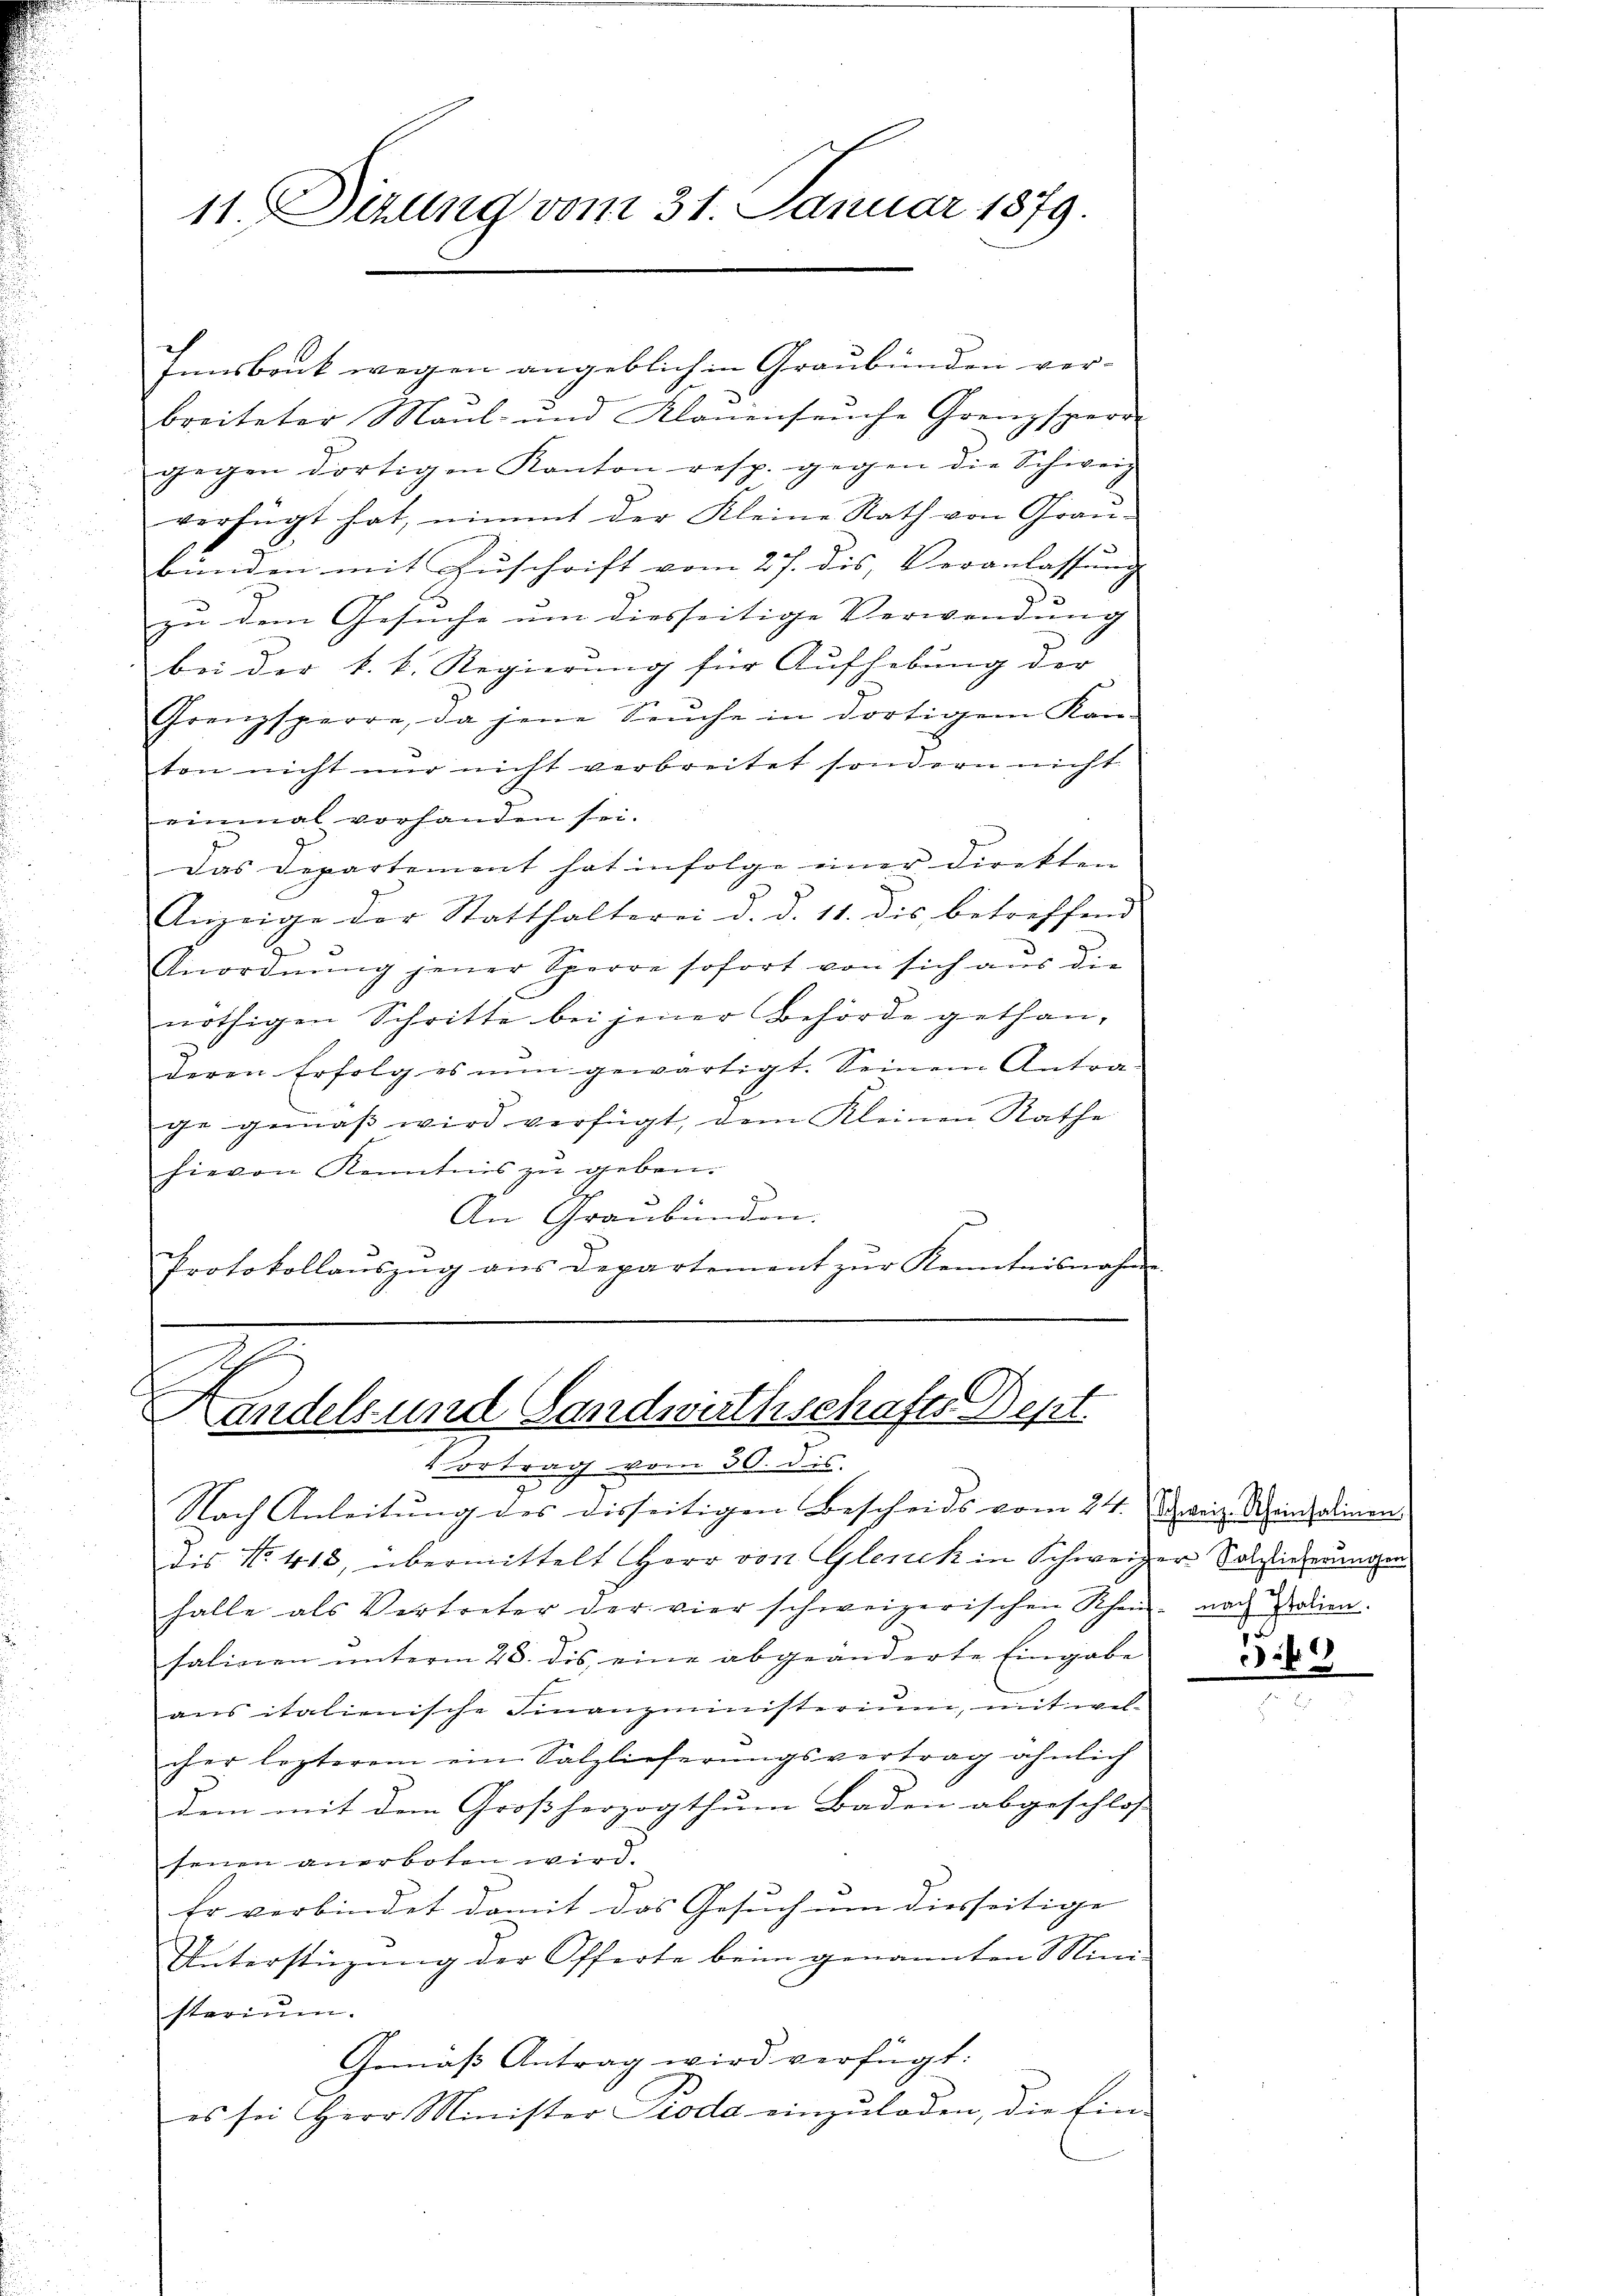
11. Dezung vom 31. Januar 1879.

Innsbruk wegen angeblich in Graubünden ver-
breiteter Maul- und Klauenseuche Grenzsperr
gegen dortigen Kanton resp. gegen die Schweiz
verfügt hat, nimmt der Kleine Rath von Grau-
bünden mit Zuschrift vom 27. dis, Veranlassung
zu dem Gesuche um diesseitige Verwendung
bei der k. k. Regierung für Aufhebung der
Grenzsperre, da jene Seŭche in dortigem Kan-
ton nicht nur nicht verbreitet sondern nicht
einmal vorhanden sei.
Das Departement hat infolge einer Direkten
Anzeige der Statthalterei d. d. 11. dis betreffend
2
d
Anordnung jener Sperre sofort von sich aus die
nöthigen Schritte bei jener Behörde gethan,
deren Erfolg es nun gewärtigt. Seinem Antra-
ge gemäβ wird verfügt, dem Kleinen Rathe
hievon Kenntnis zu geben.
An Graubünden.
Protokollaŭszŭg ans Departement zŭr Kenntnisnahm

Handels und Landwirthschafts Dept.
Vortrag vom 30. ds.

Nach Anleitung des disseitigen Bescheids vom 24. Schweiz. Schein, demen
Dis No. 413, übermittelt Herr von Glenck in Schweizer Solzlieferungen
halle als Vertreter der vier schweizerischen Rhein- nach Polien.
salinien unterm 28. dis eine abgeänderte Eingabe
aus italienische Finanzministerium, mit welcher lezterem ein Salzlieferungsvertrag ähnlich
dem mit dem Großherzogthum Baden abgeschloss
seien anerboten wird.
Er verbindet damit das Gesuch um diesseitige
Unterstüzung der Offerte beim genannten Mini-
sterium.
Gemäß Antrag wird verfügt:
es sei Herr Minister Pioda einzuladen, die Ein-

)
26